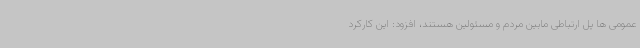
عمومی ها پل ارتباطی مابین مردم و مسئولین هستند، افزود: این کارکرد